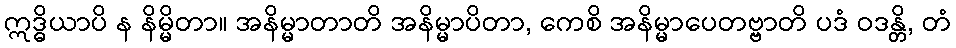
ဣဒ္ဓိယာပိ န နိမ္မိတာ။ အနိမ္မာတာတိ အနိမ္မာပိတာ, ကေစိ အနိမ္မာပေတဗ္ဗာတိ ပဒံ ဝဒန္တိ, တံ